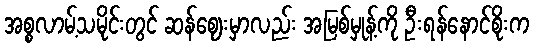
အစ္စလာမ့်သမိုင်းတွင် ဆန်ဈေးမှာလည်း အမြစ်မှုန့်ကို ဦးရန်နောင်စိုးက